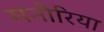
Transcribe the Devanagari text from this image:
मनौरिया